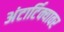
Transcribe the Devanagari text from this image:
अंटार्टिक्यावर